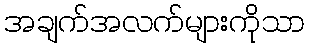
အချက်အလက်များကိုသာ